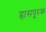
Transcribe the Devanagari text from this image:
ह्रासपूरक